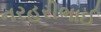
નરહરીભાઈ